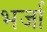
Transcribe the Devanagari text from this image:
भर्जा